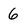
Character: 6